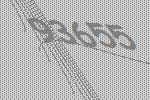
93655